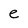
Character: e